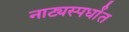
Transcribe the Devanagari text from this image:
नाट्यस्पर्धांत